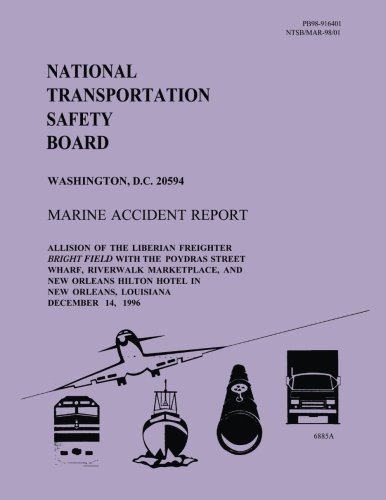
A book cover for Marine Accident Report: Allision of the Liberian Firefighter Bright Field With The Poydras Street Wharf, Riverwalk Marketplace, and New Orleans Hilton Hotel in New Orleans, Louisiana; National Transportation Safety Board; Engineering & Transportation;